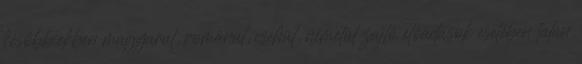
későbbiekben magyarul, románul, csehül, németül zajló előadások esetében talán